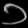
Digit: ၁